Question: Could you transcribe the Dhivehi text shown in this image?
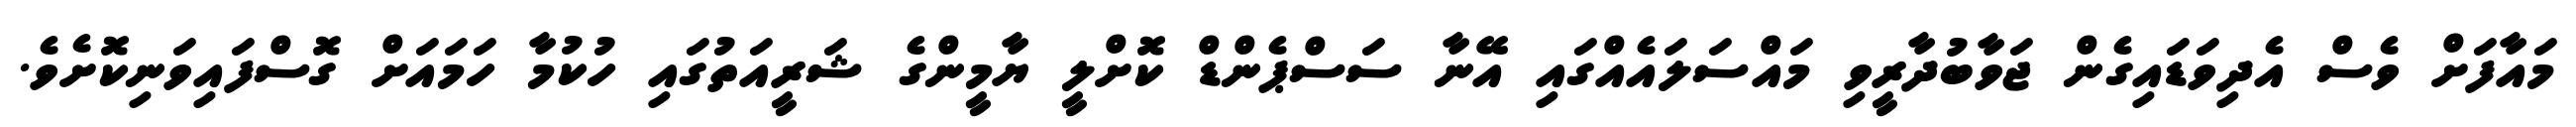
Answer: މައާފަށް ވެސް އެދިވަޑައިގެން ޖަވާބުދާރީވި މައްސަލައެއްގައި އޭނާ ސަސްޕެންޑް ކޮށްލީ ޔާމީންގެ ޝަރީއަތުގައި ހުކުމާ ހަމައަށް ގޮސްފައިވަނިކޮށެވެ.